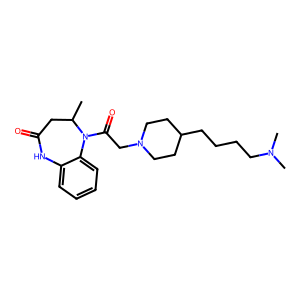
SMILES: CC1CC(=O)Nc2ccccc2N1C(=O)CN1CCC(CCCCN(C)C)CC1
Inhibits HIV replication: No